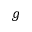
g